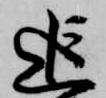
追